Lunatic asylums Bombay report 1891-1903 - 1891-1903
Year: 1891
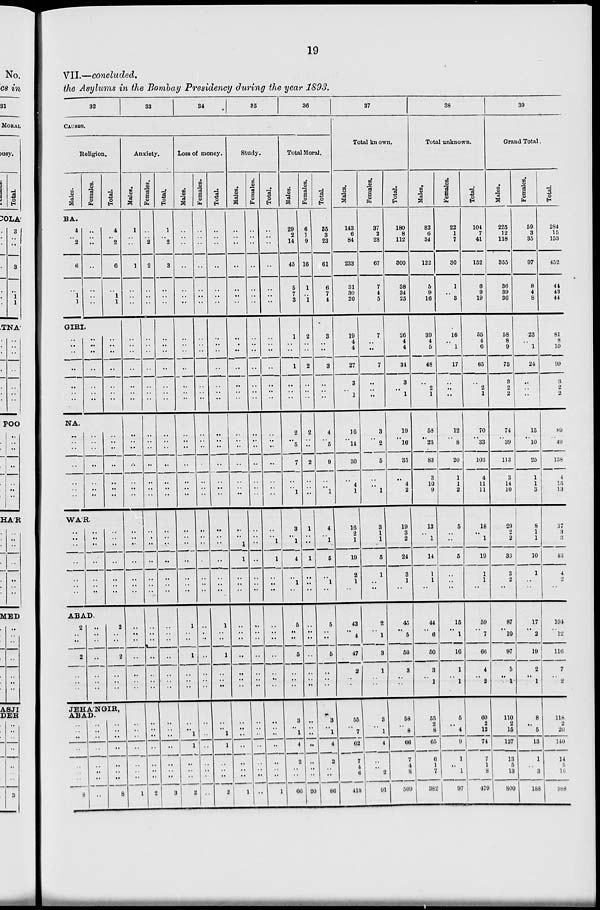
19
VII.—concluded.
the Asylums in the Bombay Presidency during the year 1893.
32
33
34
35
36
CAUSES.
Religion.
Males.
Females.
Total.
BA.
4
..
2
6
..
1
1
..
..
..
..
..
..
..
4
..
2
6
..
1
1
GIRI.
..
..
..
..
..
..
..
..
..
..
..
..
..
..
..
..
..
..
NA.
..
..
..
..
..
..
..
..
..
..
..
..
..
..
..
..
..
..
..
..
..
WA'R.
..
..
..
..
..
..
..
..
. .
. .
..
..
. .
. .
..
..
..
..
..
..
. .
ABAD.
2
..
..
2
..
..
..
..
..
..
..
..
..
..
2
..
..
2
..
..
..
Anxiety.
Males.
1
..
..
1
..
..
..
..
..
..
..
..
..
..
..
..
..
..
..
..
..
..
. .
..
..
..
..
..
..
..
..
..
..
..
JBHA'NGIR,
ABAD.
..
..
..
..
..
..
..
8
..
..
..
..
..
..
..
..
..
..
..
..
..
..
..
8
..
..
..
..
..
..
..
1
Females.
..
..
2
2
..
..
..
..
..
..
..
..
..
..
..
..
..
..
..
..
..
..
. .
..
..
..
..
..
..
..
..
..
..
..
..
..
..
..
..
..
..
2
Total.
1
..
2
3
..
..
..
..
..
..
..
..
..
..
..
..
..
..
..
..
..
..
..
..
..
..
..
..
..
..
..
..
..
..
..
..
..
..
..
..
..
3
Loss of money.
Males.
..
..
..
..
..
..
..
..
..
..
..
..
..
..
..
..
..
..
..
..
..
..
..
..
..
..
..
1
..
..
1
..
..
..
..
..
1
1
..
..
..
2
Females.
..
..
..
..
..
..
..
..
..
..
..
..
..
..
..
..
..
..
..
..
..
..
..
..
..
..
..
..
..
..
..
..
..
..
..
..
..
..
..
..
..
..
Total.
..
..
..
..
..
..
..
..
..
..
..
..
..
..
. .
..
..
..
..
..
..
..
. .
..
..
..
..
1
..
..
1
..
..
..
Study.
Males.
Females.
Total.
..
..
..
..
..
..
..
..
..
..
..
..
..
..
..
..
..
..
..
..
..
..
..
..
..
..
..
..
..
..
..
..
..
..
..
..
..
..
..
..
..
..
1
1
..
..
..
..
..
..
..
..
..
. .
..
..
..
..
..
..
..
..
..
..
..
..
..
..
..
..
..
..
..
..
..
..
..
..
..
..
..
..
..
..
..
..
..
..
..
..
1
1
..
..
..
..
..
..
..
..
..
..
Total Moral.
Males.
29
2
14
45
5
7
3
1
..
..
1
..
..
..
2
..
5
7
..
..
1
3
..
1
4
..
1
..
5
..
..
5
..
..
..
..
..
1
1
..
..
..
2
..
..
..
..
..
..
..
1
..
..
..
..
..
..
..
..
..
..
..
..
..
..
..
1
3
..
1
4
2
..
..
66
Females.
6
1
9
16
1
..
1
2
..
..
2
..
..
..
2
..
..
2
..
..
. .
1
..
..
1
..
..
..
..
..
..
..
..
..
..
..
..
..
..
..
..
..
20
Total.
85
3
23
61
6
7
4
3
..
..
3
..
..
..
4
..
5
9
..
..
1
4
..
1
5
..
1
..
5
..
..
5
..
..
. .
3
..
1
4
2
..
..
86
37
Total known.
Males.
143
6
84
233
31
30
20
19
4
4
27
3
..
1
16
..
14
30
..
4
1
16
2
1
19
2
1
..
43
..
4
47
2
..
..
55
..
7..
62
7
4
6
418
Females.
37
2
28
67
7
4
5
7
..
..
7
..
..
..
3
..
2
5
..
..
1
Total.
180
8
112
300
38
34
25
26
4
4
34
3
..
1
10
..
16
35
. .
4
2
3
1
1
5
1
..
..
2
..
1
3
1
..
. .
19
3
2
24
3
1
..
45
..
5
50
3
..
..
3
..
1
4
..
..
2
91
58
..
8
66
7
4
8
509
38
Total unknown.
Males.
82
6
34
122
5
9
16
Females.
22
1
7
30
1
..
3
39
4
5
48
..
2
1
58
. .
25
83
3
10
9
13
..
1
14
1
1
..
44
..
6
50
3
..
1
16
..
1
17
..
..
..
12
..
8
20
1
1
2
5
..
..
5
..
..
..
15
..
1
10
1
..
1
55
2
8
65
6
1
7
382
5
..
4
9
1
..
1
97
Total.
104
7
41
152
6
9
19
55
4
6
65
..
2
1
70
..
33
103
4
11
11
18
. .
1
19
1
1
..
59
..
7
66
4
..
2
60
2
12
74
7
1
8
479
39
Grand Total
Males.
225
12
118
355
36
39
36
58
8
9
75
3
2
2
74
..
39
113
3
14
10
29
2
2
33
3
2
..
87
..
10
97
5
..
1
110
2
15
127
13
5
13
800
Females.
59
3
35
97
8
4
8
23
1
24
..
..
..
15
..
10
25
1
1
3
8
1
1
10
1
..
..
17
..
2
19
2
..
1
8
..
5
13
1
..
3
188
Total.
284
15
153
452
44
43
44
81
8
10
99
3
2
2
89
..
49
138
4
15
13
37
3
3
43
4
2
..
101
..
12
110
7
..
2
118
2
20
140
14
5
16
988